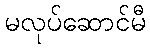
မလုပ်ဆောင်မီ